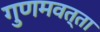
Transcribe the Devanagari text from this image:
गुणमवत्ता